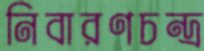
নিবারণচন্দ্র